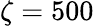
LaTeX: \zeta=500